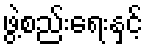
ဖွဲ့စည်းရေးနှင့်